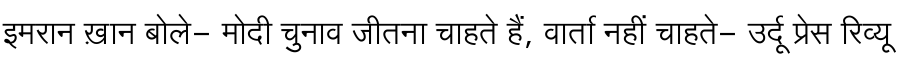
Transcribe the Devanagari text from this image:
इमरान ख़ान बोले- मोदी चुनाव जीतना चाहते हैं, वार्ता नहीं चाहते- उर्दू प्रेस रिव्यू